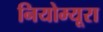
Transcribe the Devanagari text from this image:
नियोम्यूरा